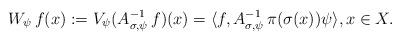
LaTeX: \begin{align*}W_{\psi}\,f(x) := V_{\psi}(A_{\sigma, \psi}^{-1}\,f)(x) = \langle f, A_{\sigma, \psi}^{-1}\,\pi(\sigma(x))\psi \rangle, x \in X.\end{align*}